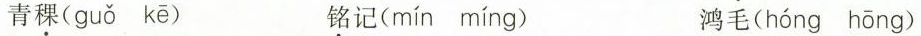
青稞( guǒ kē ) 铭记( mín míng ) 鸿毛( hóng hóng )